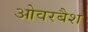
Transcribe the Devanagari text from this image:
ओवरबैश